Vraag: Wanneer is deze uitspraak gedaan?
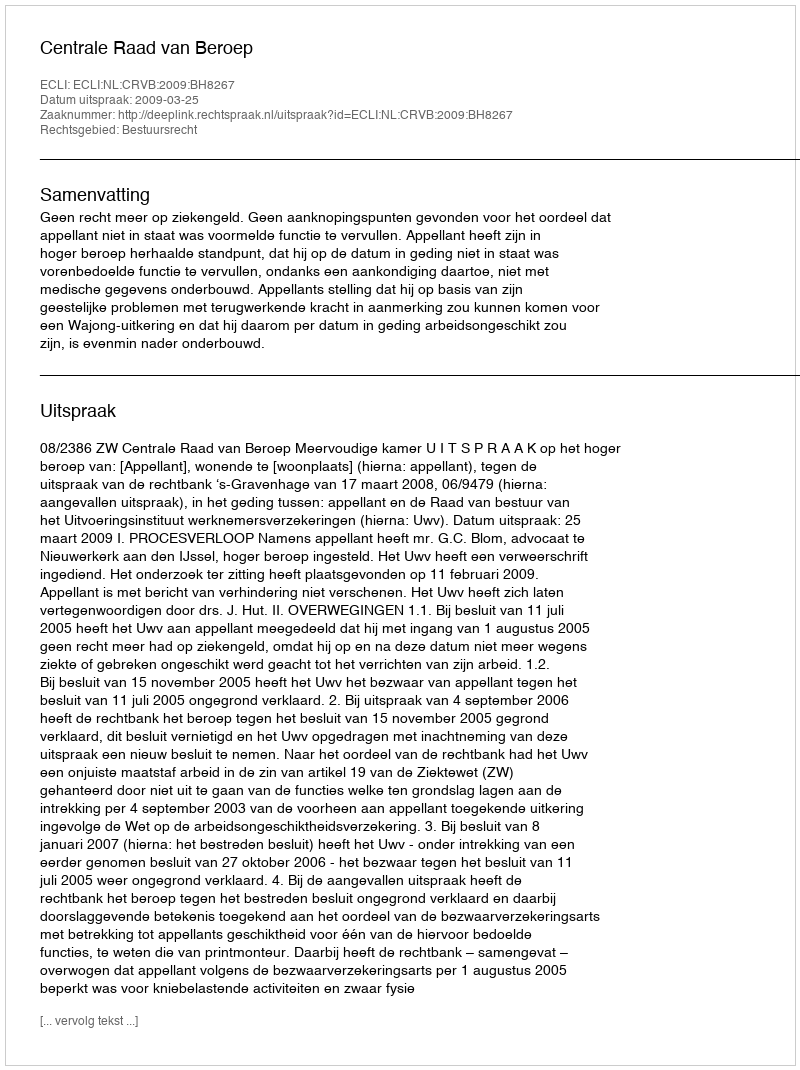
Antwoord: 2009-03-25